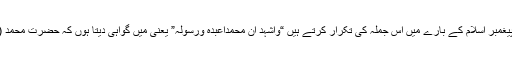
اسی وجہ سے ہم ہر روز اپنی نمازوں میں پیغمبر اسلام کے بارے میں اس جملہ کی تکرار کرتے ہیں “واشہد ان محمداعبدہ ورسولہ” یعنی میں گواہی دیتا ہوں کہ حضرت محمد (ص) الله کے رسول اور اس کے بندے ہیں۔